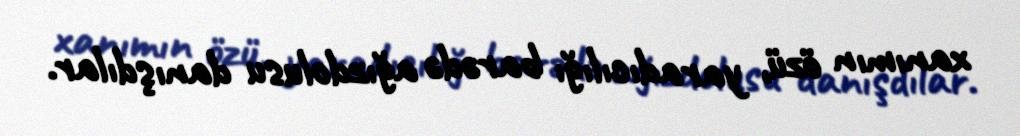
xanımın özü, yaradıcılığı barədə ağızdolusu danışdılar.